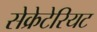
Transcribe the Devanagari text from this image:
सेक्रेटेरियट